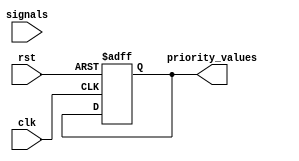
module PriorityBypassRegister 
#(
    parameter WIDTH = 8
)
(
    input wire clk,
    input wire rst,
    input wire [WIDTH-1:0] signals,
    output reg [WIDTH-1:0] priority_values
);

always @(posedge clk or posedge rst) begin
    if (rst) begin
        priority_values <= '0;
    end else begin
        // Implement priority logic here
        // For example, you can set priority_values based on the incoming signals
        // You can choose any logic based on your specific requirements
    end
end

endmodule